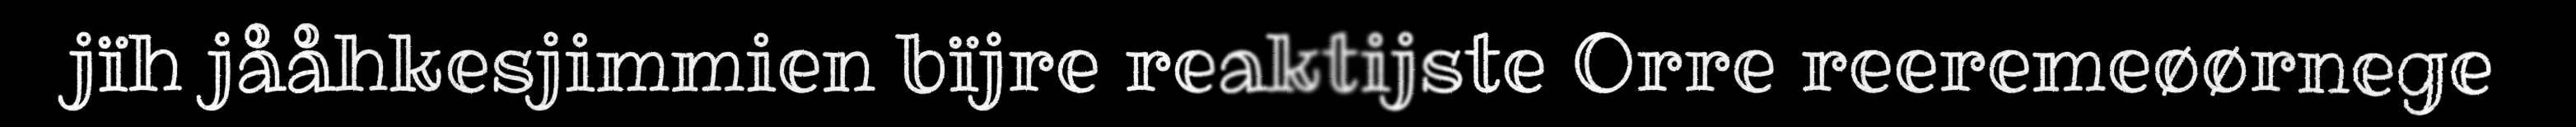
jïh jååhkesjimmien bïjre reaktijste Orre reeremeøørnege